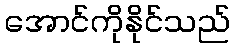
အောင်ကိုနိုင်သည်